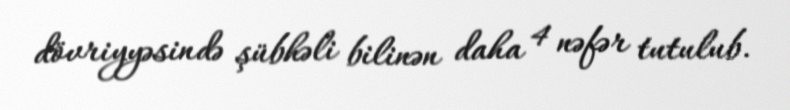
dövriyyəsində şübhəli bilinən daha 4 nəfər tutulub.